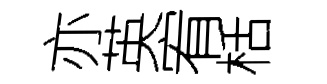
亦英宥栝